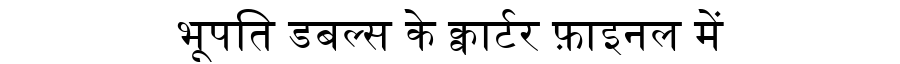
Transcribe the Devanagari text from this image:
भूपति डबल्स के क्वार्टर फ़ाइनल में